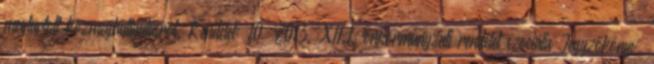
megtartott közmeghallgatásról. Rendelet: 10 2013. XII.1. önkormányzati rendelet szociális Jegyzőkönyv.